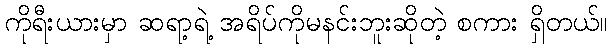
ကိုရီးယားမှာ ဆရာ့ရဲ့ အရိပ်ကိုမနင်းဘူးဆိုတဲ့ စကား ရှိတယ်။